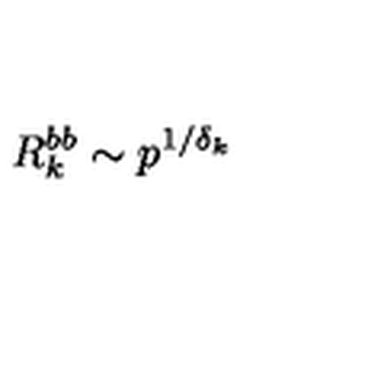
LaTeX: R _ { k } ^ { b b } \sim p ^ { 1 / \delta _ { k } }